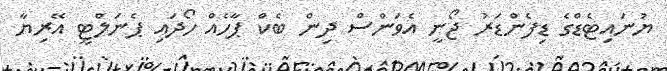
ޔުނައިޓެޑްގެ ޑިފެންޑަރު ޖޯނީ އެވަންސް ދިން ބެކް ޕާހެއް ހޯދައި ޕެނަލްޓީ އޭރިޔާ